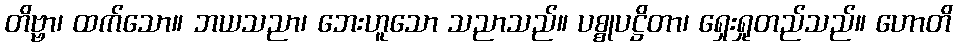
တိဗ္ဗာ၊ ထက်သော။ ဘယသညာ၊ ဘေးဟူသော သညာသည်။ ပစ္စုပဋ္ဌိတာ၊ ရှေးရှုတည်သည်။ ဟောတိ